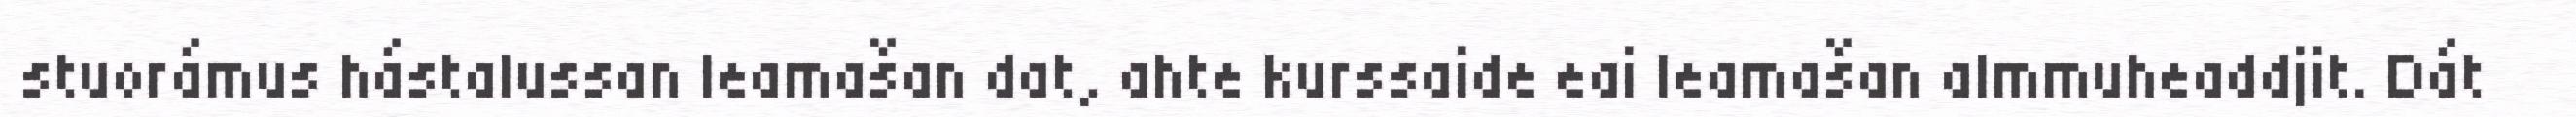
stuorámus hástalussan leamašan dat, ahte kurssaide eai leamašan almmuheaddjit. Dát